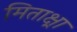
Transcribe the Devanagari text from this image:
मिताक्ष्रा